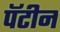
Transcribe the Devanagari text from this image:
पॅटीन